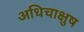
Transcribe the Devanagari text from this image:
अधिचाक्षुष